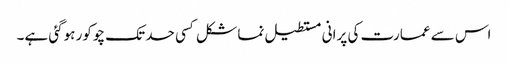
اس سے عمارت کی پرانی مستطیل نما شکل کسی حد تک چوکور ہوگئی ہے۔